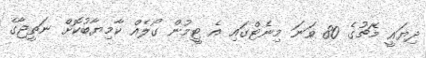
ދިޔައީ މެޗުގެ 80 ވަނަ މިނެޓްގައި އެ ޓީމުން ގޯލެއް ކާމިޔާބުކޮށް ނަތީޖާގެ